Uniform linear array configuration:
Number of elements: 16
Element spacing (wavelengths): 0.5
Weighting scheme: kaiser
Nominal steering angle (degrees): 45
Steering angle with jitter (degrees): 44.94
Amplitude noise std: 0.05
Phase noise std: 0.05

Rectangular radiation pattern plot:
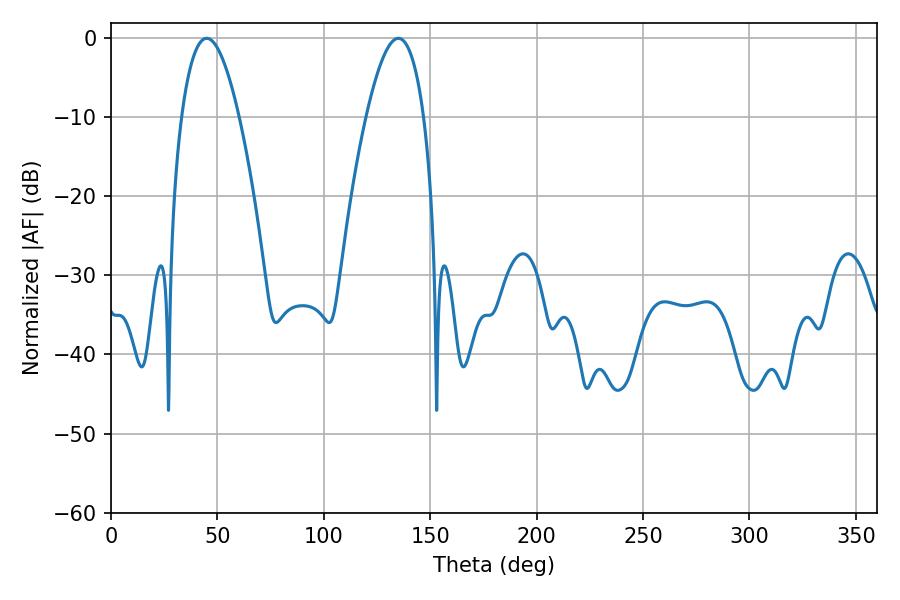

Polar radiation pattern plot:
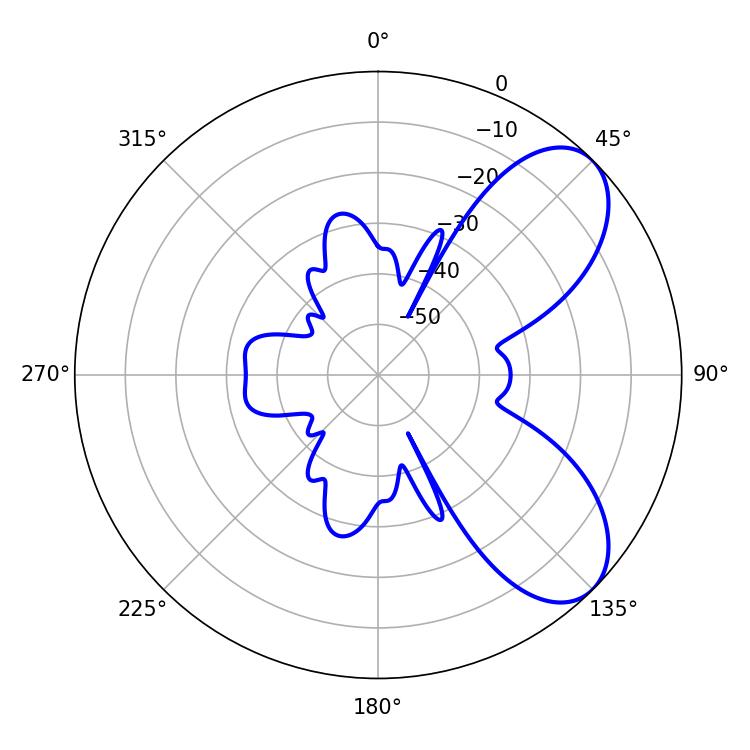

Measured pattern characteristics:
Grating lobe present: FALSE
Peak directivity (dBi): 7.021
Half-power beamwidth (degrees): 14.94
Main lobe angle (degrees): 45